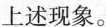
上述现象。